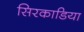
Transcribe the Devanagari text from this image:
सिरकाडिया